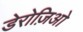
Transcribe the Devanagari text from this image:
डेरोज़िओ